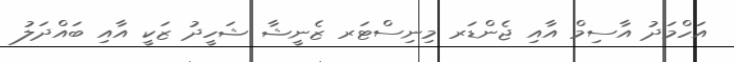
އަހްމަދު އާސިމް އާއި ޖެންޑަރ މިނިސްޓަރ ޒެނީޝާ ޝަހީދު ޒަކީ އާއި ބައްދަލު